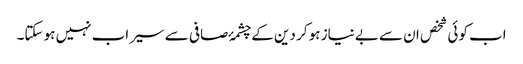
اب کوئی شخص ان سے بے نیاز ہو کر دین کے چشمۂ صافی سے سیراب نہیں ہو سکتا۔